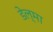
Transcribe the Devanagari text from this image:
डेल्मा